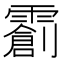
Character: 𬰌